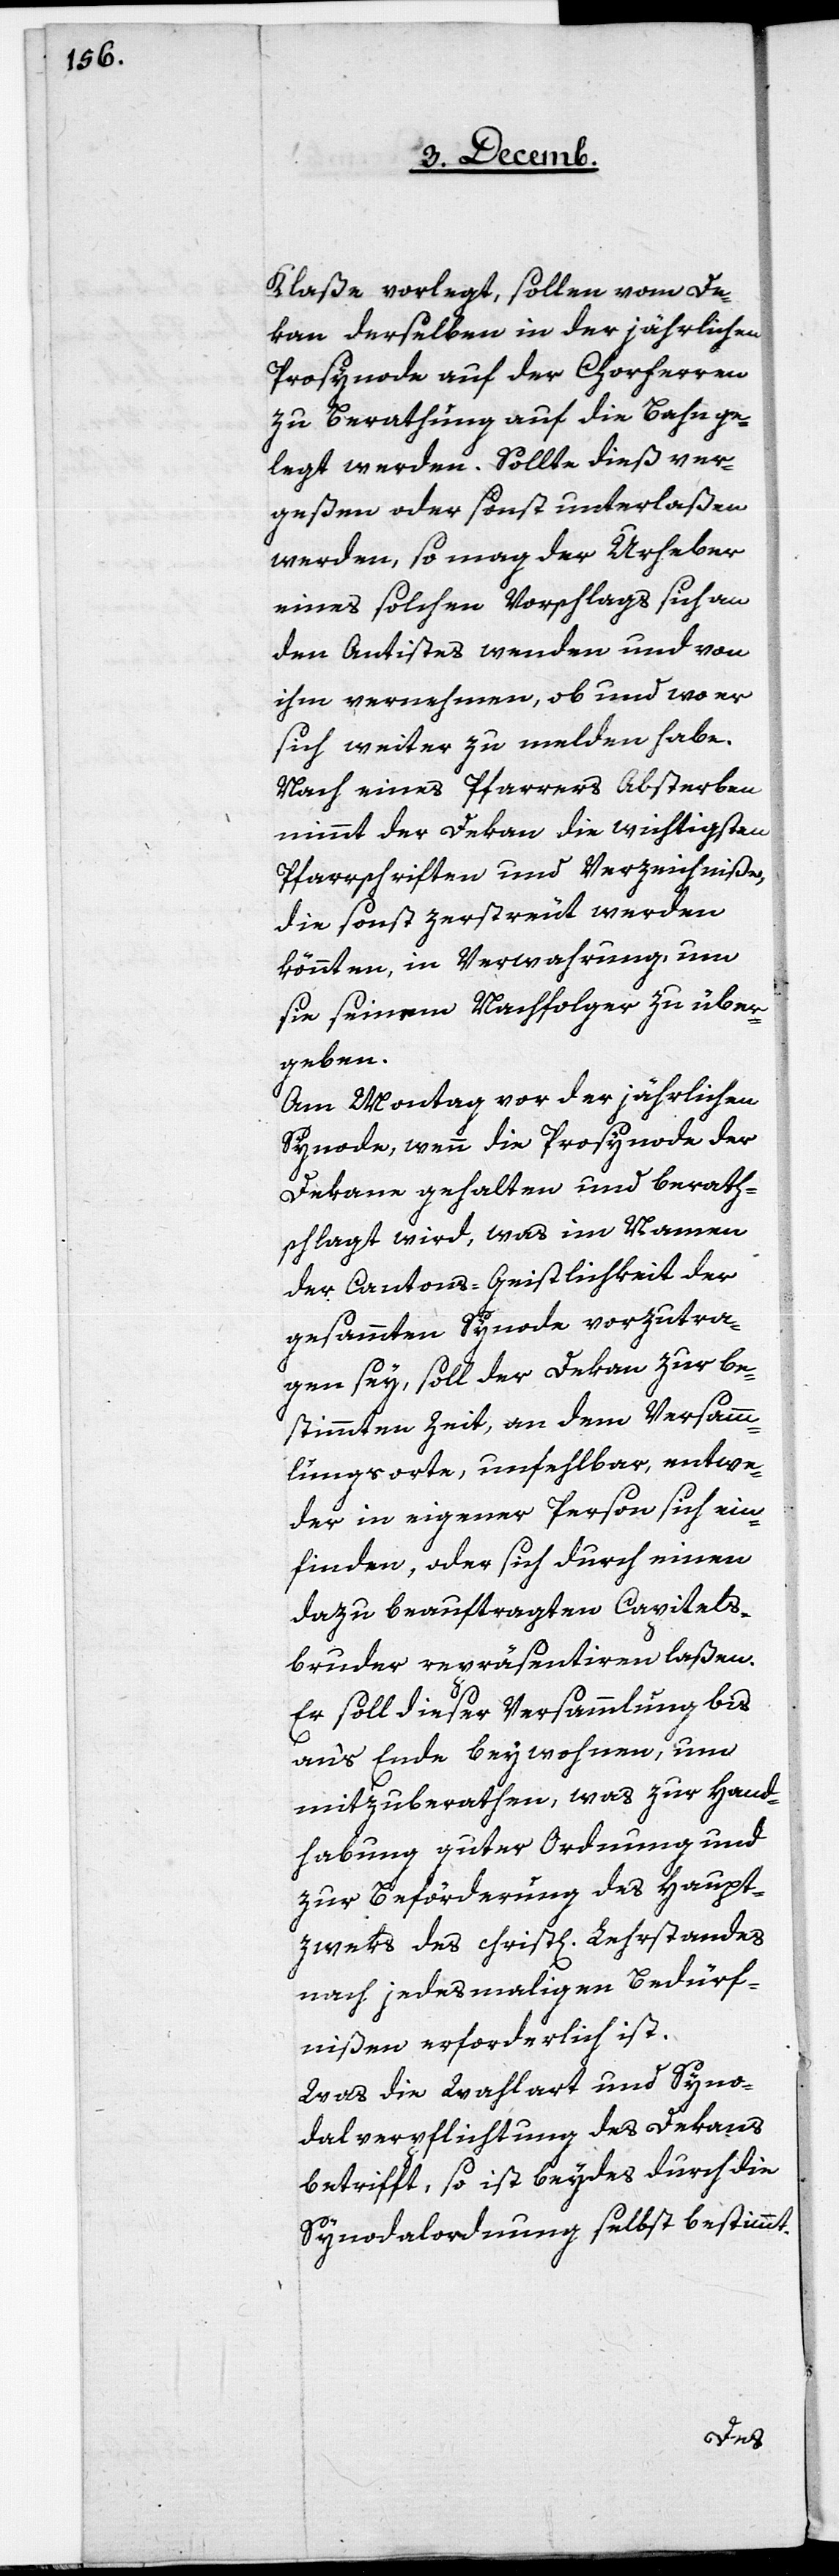
Klaße vorlegt, sollen vom De¬
kan derselben in der jährlichen
Prosynode auf der Chorherren
zu Berathung auf die Bahn ge¬
legt werden. Sollte dieß ver¬
geßen oder sonst unterlaßen
werden, so mag der Urheber
eines solchen Vorschlags sich an
den Antistes wenden und von
ihm vernehmen, ob und wo er
sich weiter zu melden habe.
Nach eines Pfarrers Absterben
nimmt der Dekan die wichtigsten
Pfarrschriften und Verzeichniße,
die sonst zerstreut werden
könnten, in Verwahrung, um
sie seinem Nachfolger zu über¬
geben.
Am Montag vor der jährlichen
Synode, wenn die Prosynode der
Dekane gehalten und berath¬
schlagt wird, was im Namen
der Cantons-Geistlichkeit der
gesammten Synode vorzutra¬
gen sey, soll der Dekan zur be¬
stimmten Zeit, an dem Versamm¬
lungsorte, unfehlbar, entwe¬
der in eigener Person sich ein¬
finden, oder sich durch einen
dazu beauftragten Capitels¬
bruder repräsentiren laßen.
Er soll dieser Versammlung bis
an‘s Ende beywohnen, um
mitzuberathen, was zur Hand¬
habung guter Ordnung und
zur Beförderung des Haup¬
zweks des christl[ichen] Lehrstandes
nach jedesmaligen Bedürf¬
nißen erforderlich ist.
Was die Wahlart und Syno¬
dalverpflichtung des Dekans
betrifft, so ist beydes durch die
Synodalordnung selbst bestimmt.